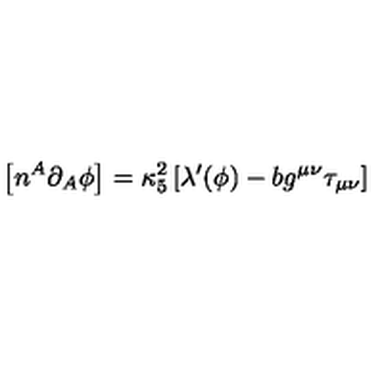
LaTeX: \left[ n ^ { A } \partial _ { A } \phi \right] = \kappa _ { 5 } ^ { 2 } \left[ \lambda ^ { \prime } ( \phi ) - b g ^ { \mu \nu } \tau _ { \mu \nu } \right]